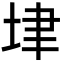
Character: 垏